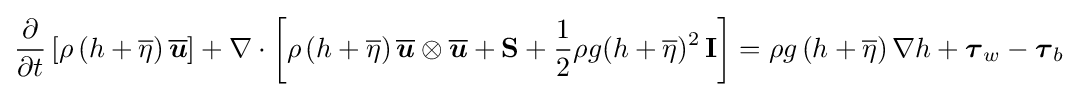
{\frac {\partial }{\partial t}}\left[\rho \left(h+{\overline {\eta }}\right){\overline {\boldsymbol {u}}}\right]+\nabla \cdot \left[\rho \left(h+{\overline {\eta }}\right){\overline {\boldsymbol {u}}}\otimes {\overline {\boldsymbol {u}}}+\mathbf {S} +{\frac {1}{2}}\rho g(h+{\overline {\eta }})^{2}\,\mathbf {I} \right]=\rho g\left(h+{\overline {\eta }}\right)\nabla h+{\boldsymbol {\tau }}_{w}-{\boldsymbol {\tau }}_{b}